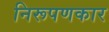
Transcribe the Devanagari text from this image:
निरूपणकार